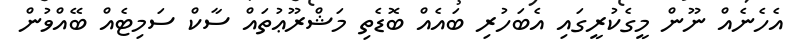
އެހެނެއް ނޫން މީގެކުރީގައި އެބަހުރި ބައެއް ބޮޑެތި މަޝްރޫޢުތައް ސާކް ސަމިޓެއް ބޭއްވުން